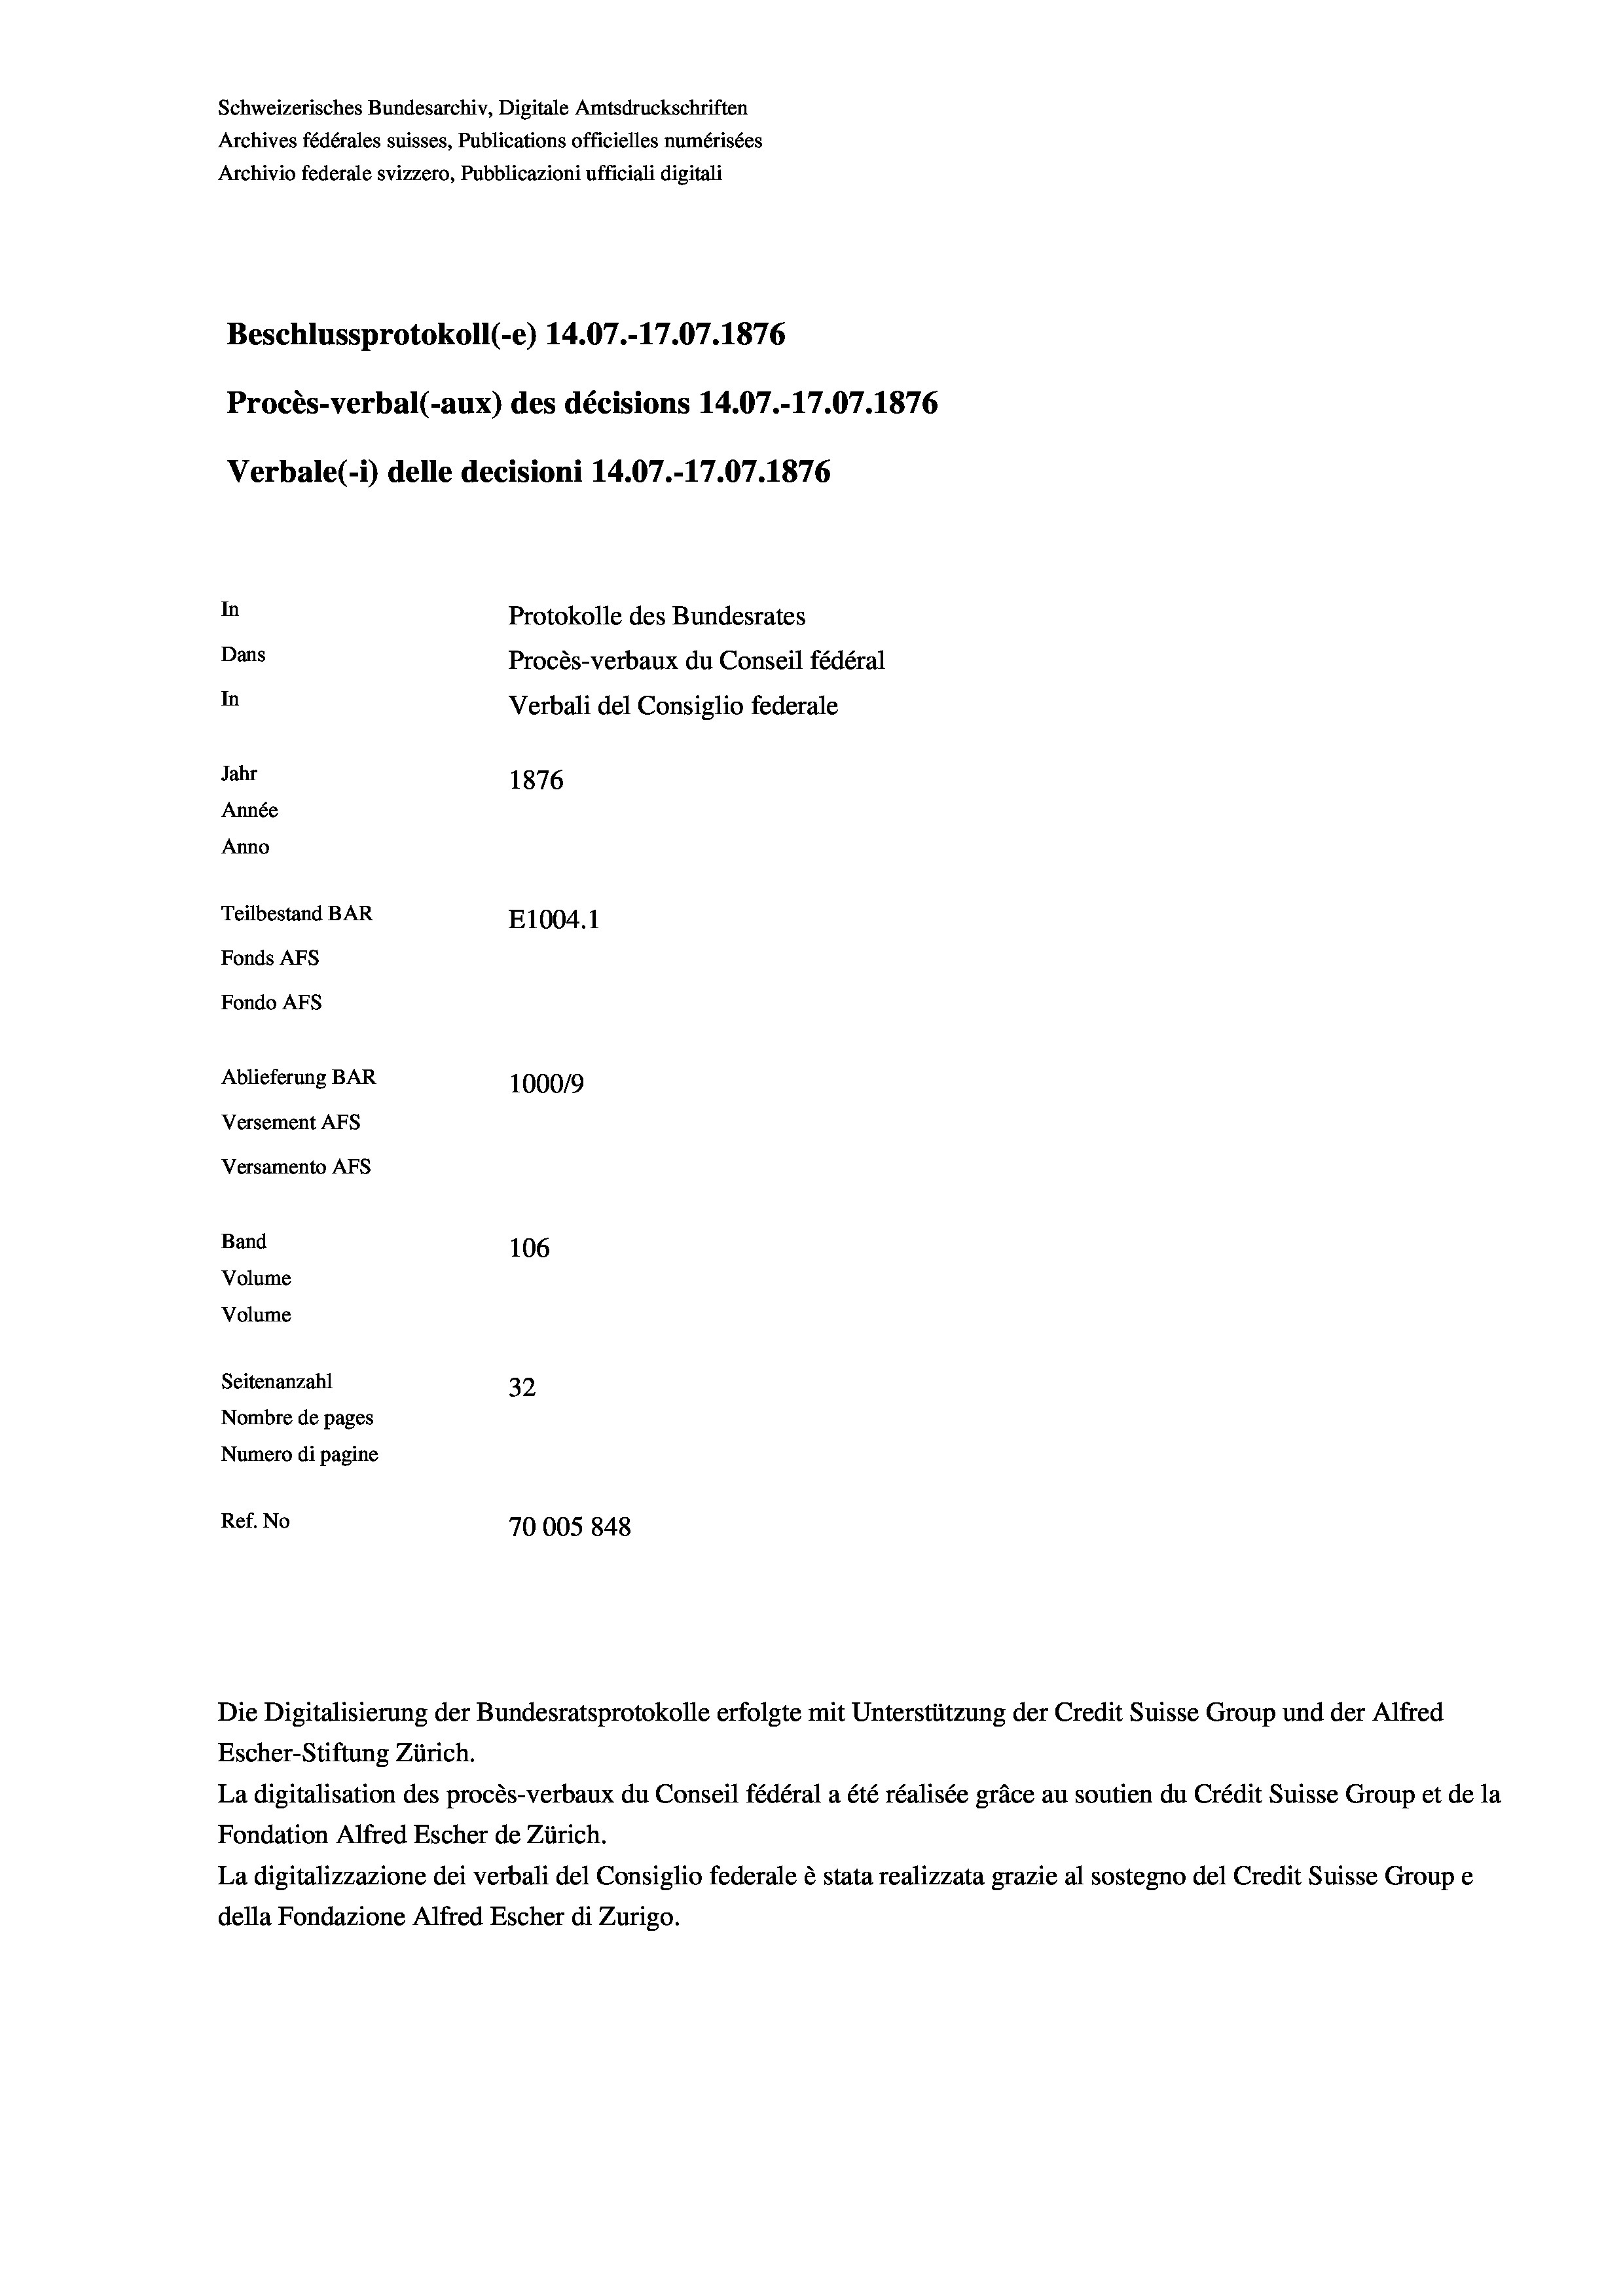
Schweizerisches Bundesarchiv, Digitale Amtsdruckschriften
Archives fédérales suisses, Publications officielles numérisées
Archivio federale svizzero, Pubblicazioni ufficiali digitali
Beschlussprotokoll (-e) 14.07.-17.07. 1876
Procès-verbal (-aux) des décisions 14.07.-17.07. 1876
Verbale (i) delle decisioni 14.07.-17.07. 1876
In
Protokolle des Bundesrates
Dans
Procès-verbaux du Conseil fédéral
In
Verbali del Consiglio federale
Jahr
1876
Année
Anno
Teilbestand BAR
E1004.1
Fonds AFs
Fondo Afs
Ablieferung BAR
100019
Versement AFs
Versamento Afs
Band
106
Volume
Volume
Seitenanzahl
32
Nombre de pages
Numero di pagine
Ref. No
70005 848

Die Digitalisierung der Bundesratsprotokolle erfolgte mit Unterstützung der Credit Suisse Group und der Alfred
Escher-Stiftung Zürich.
La digitalisation des procès-verbaux du Conseil fédéral a été réalisée gräce au soutien du Crédit Suisse Group et de la
Fondation Alfred Escher de Zürich.
La digitalizzazione dei verbali del Consiglio federale è stata realizzata grazie al sostegno del Credit Suisse Groupe
della Fondazione Alfred Escher di Zurigo.